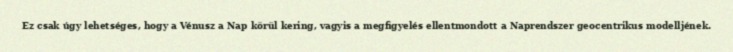
Ez csak úgy lehetséges, hogy a Vénusz a Nap körül kering, vagyis a megfigyelés ellentmondott a Naprendszer geocentrikus modelljének.